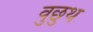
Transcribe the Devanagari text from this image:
वुछुथ